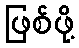
ဖြစ်ဖို့